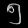
Digit: ၅